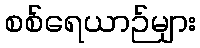
စစ်ရေယာဉ်များ